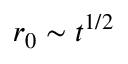
r _ { 0 } \sim t ^ { 1 / 2 }